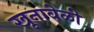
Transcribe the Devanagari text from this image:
खूनावेळी